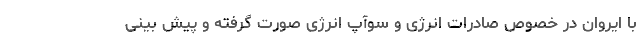
با ایروان در خصوص صادرات انرژی و سوآپ انرژی صورت گرفته و پیش بینی